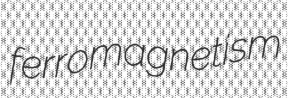
ferromagnetism